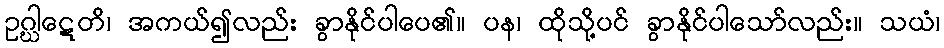
ဥဂ္ဃါဋေတိ၊ အကယ်၍လည်း ခွာနိုင်ပါပေ၏။ ပန၊ ထိုသို့ပင် ခွာနိုင်ပါသော်လည်း။ သယံ၊